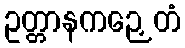
ဥတ္တာနကဉှေတံ